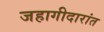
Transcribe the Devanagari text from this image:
जहागीदारांत